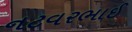
નટવરભાઈ